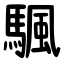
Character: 颿